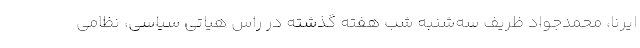
ایرنا، محمدجواد ظریف سه‌شنبه شب هفته گذشته در راس هیاتی سیاسی، نظامی